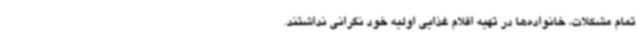
تمام مشکلات، خانواده‌ها در تهیه اقلام غذایی اولیه خود نگرانی نداشتند.